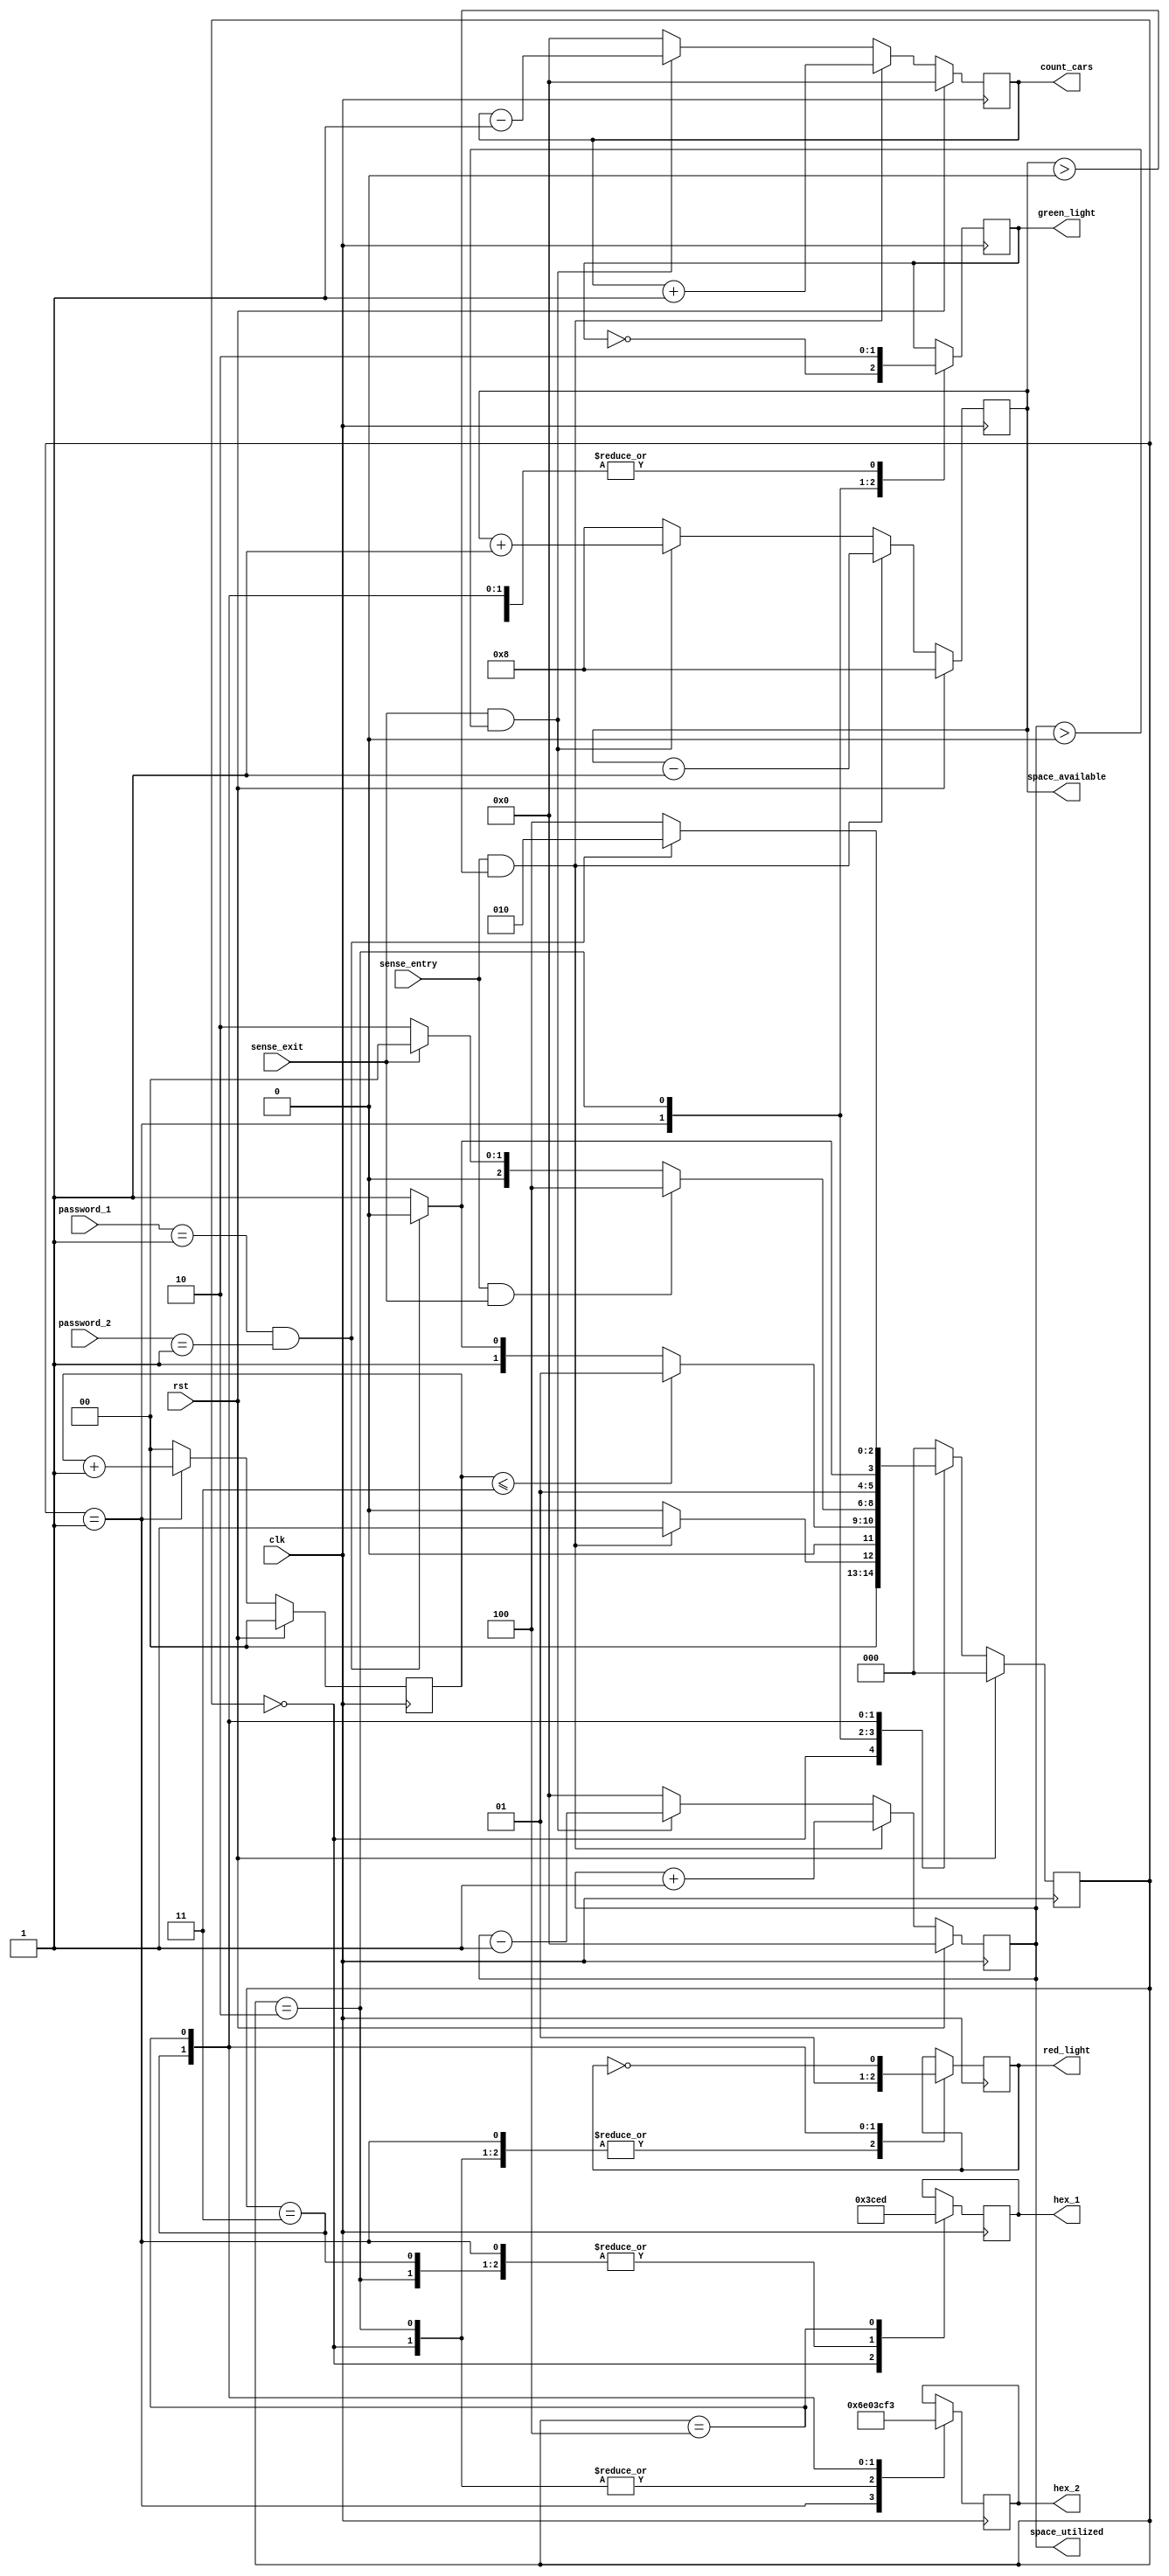
`timescale 1ns / 1ps

module car_parking_management(
    input clk, rst, sense_entry, sense_exit,
    input [1:0] password_1, password_2,
    output reg green_light, red_light,
    output reg [6:0] hex_1, hex_2,
    output reg [3:0] space_available, space_utilized, count_cars
    );

    reg [3:0] overall_space=4'b1000;
    reg [2:0] current_state, next_state;
    reg [1:0] wait_time;

    //declaring parameters list
    parameter idle = 3'b000, 
              wait_time_state=3'b001, 
              password_correct=3'b010, 
              password_incorrect=3'b011, 
              stop=3'b100;

    //declarimg current state			 
    always@(posedge clk) begin
        if(rst==1) current_state<= idle; 
        else current_state<= next_state;
    end

//parking space management
    always@(posedge clk) begin
    
        if(rst==1) begin //reseting whole design
            space_available<= overall_space;
            space_utilized<= 0;
            count_cars<=4'b0; 
        end
        
        else begin
            if ((sense_entry==1) && (space_available>0))begin //entry of 1 vehicle
                space_available<= space_available - 3'b001;
                space_utilized<= space_utilized + 3'b001; 
                count_cars<=count_cars + 4'b0001; 
            end
            
            else if ((sense_exit==1) && (space_utilized>0)) begin //exit of 1 vehicle
                space_available<= space_available + 3'b001;
                space_utilized<= space_utilized - 3'b001; 
                count_cars<= count_cars - 4'b0001; 
            end
            
            else begin //no vehicle entered and exited
                space_available<= overall_space;
                space_utilized<= 0;
                count_cars<=4'b0; 
            end
        end
    end

    //declarationn of wait_timeing period in the wait_time_state
    always@(posedge clk) begin
    
        if(rst==1) wait_time<= 2'b0;
        
        else begin 
            if(current_state==wait_time_state) wait_time<= wait_time + 2'b01;
            else wait_time<= 2'b0;
        end
    end

    //declaration of next state
    always@(*) begin
    case(current_state)
        
        idle: begin
            if((sense_entry==1) && (space_available>0)) next_state<= wait_time_state;
            else next_state<= idle;
        end
    
        wait_time_state: begin
            if(wait_time<= 3'b011) next_state<= wait_time_state;
            else begin
                if ((password_1==2'b01) && (password_2==2'b01)) next_state<= password_correct;
                else next_state<= password_incorrect;
            end
        end
    
        password_correct: begin
            if((sense_entry==1) && (sense_exit==1)) next_state<= stop;
            else if((sense_exit==1)) next_state<= idle;
            else next_state<= password_correct;
        end
    
        password_incorrect: begin
            if((password_1==2'b01) && (password_2==2'b01)) next_state<= password_correct;
            else next_state<= password_incorrect;
        end
    
        stop: begin 
            if((password_1==2'b01) && (password_2==2'b01)) next_state<= password_correct;
            else next_state<= stop;
        end
    
        default: next_state<= idle;
    
    endcase
    end

    always@(posedge clk) begin
    case(current_state)
    
        idle: begin //starting state with no entry and exit of vehicles
            green_light<= 1'b0;
            red_light<= 1'b0;
            hex_1<= 7'b0000000; //0
            hex_2<= 7'b0000000; //0
        end
    
        wait_time_state: begin //vechile wait_timeing in the lobby
            green_light<= ~green_light;
            red_light<= 1'b0;
            hex_1<= 7'b1111001; //alphabet-E
            hex_2<= 7'b0110111; //N -> ENTER
        end
    
        password_correct: begin //vehicle entering and providing password_correct
            green_light<= 1'b1;
            red_light<= 1'b0;
            hex_1<= 7'b1111001; //6
            hex_2<= 7'b0000000; //0 -> GO
        end
    
        password_incorrect: begin //vehicle entering and providing password_incorrect
            green_light<= 1'b0;
            red_light<= 1'b1;
            hex_1<= 7'b1111001; //E
            hex_2<= 7'b1111001; //E -> ERROR
        end
        
        stop: begin //stay of the vehicle for some period
            green_light<= 1'b0;
            red_light<= ~red_light;
            hex_1<= 7'b1101101; //5
            hex_2<= 7'b1110011; //P -> STOP
        end
    
    endcase
    end
endmodule